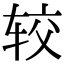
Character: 较